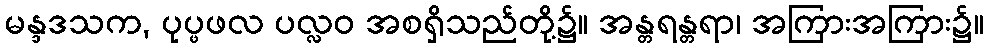
မန္ဒဒသက, ပုပ္ဖဖလ ပလ္လဝ အစရှိသည်တို့၌။ အန္တရန္တရာ၊ အကြားအကြား၌။